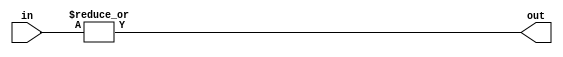
module OR_Gate_32 (
    input [31:0] in,
    output out
);

assign out = |in;

endmodule